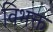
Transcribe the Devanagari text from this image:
विभक्त